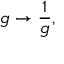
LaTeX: g \rightarrow \frac { 1 } { g } ,